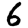
Digit: 6